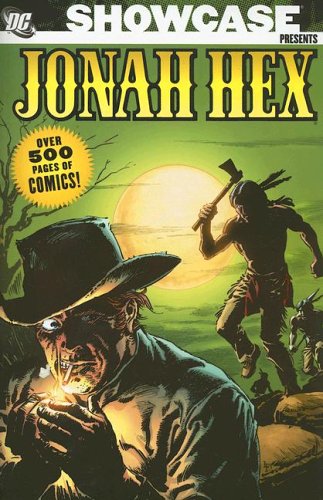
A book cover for Showcase Presents: Jonah Hex, Vol. 1; John Albano; Teen & Young Adult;